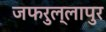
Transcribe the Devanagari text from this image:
जफरुल्लापुर